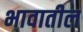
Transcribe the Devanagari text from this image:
भावातील